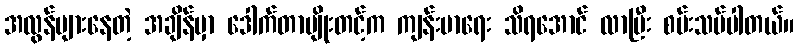
အလွန်များနေတဲ့ အချိန်မှာ ဒေါက်တာမျိုးတင့်က ကျန်းမာရေး သိရအောင် လာပြီး စမ်းသပ်ပါတယ်။